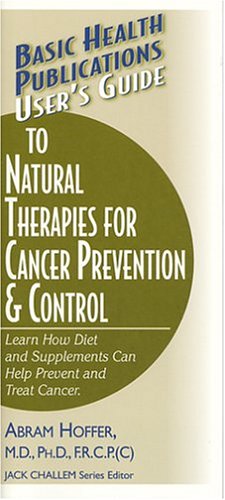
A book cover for User's Guide to Natural Therapies for Cancer Prevention & Control: Learn How Diet and Supplements Can Help Prevent and Treat Cancer; M.D., Ph.D. Abram Hoffer; Health, Fitness & Dieting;